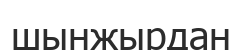
шынжырдан